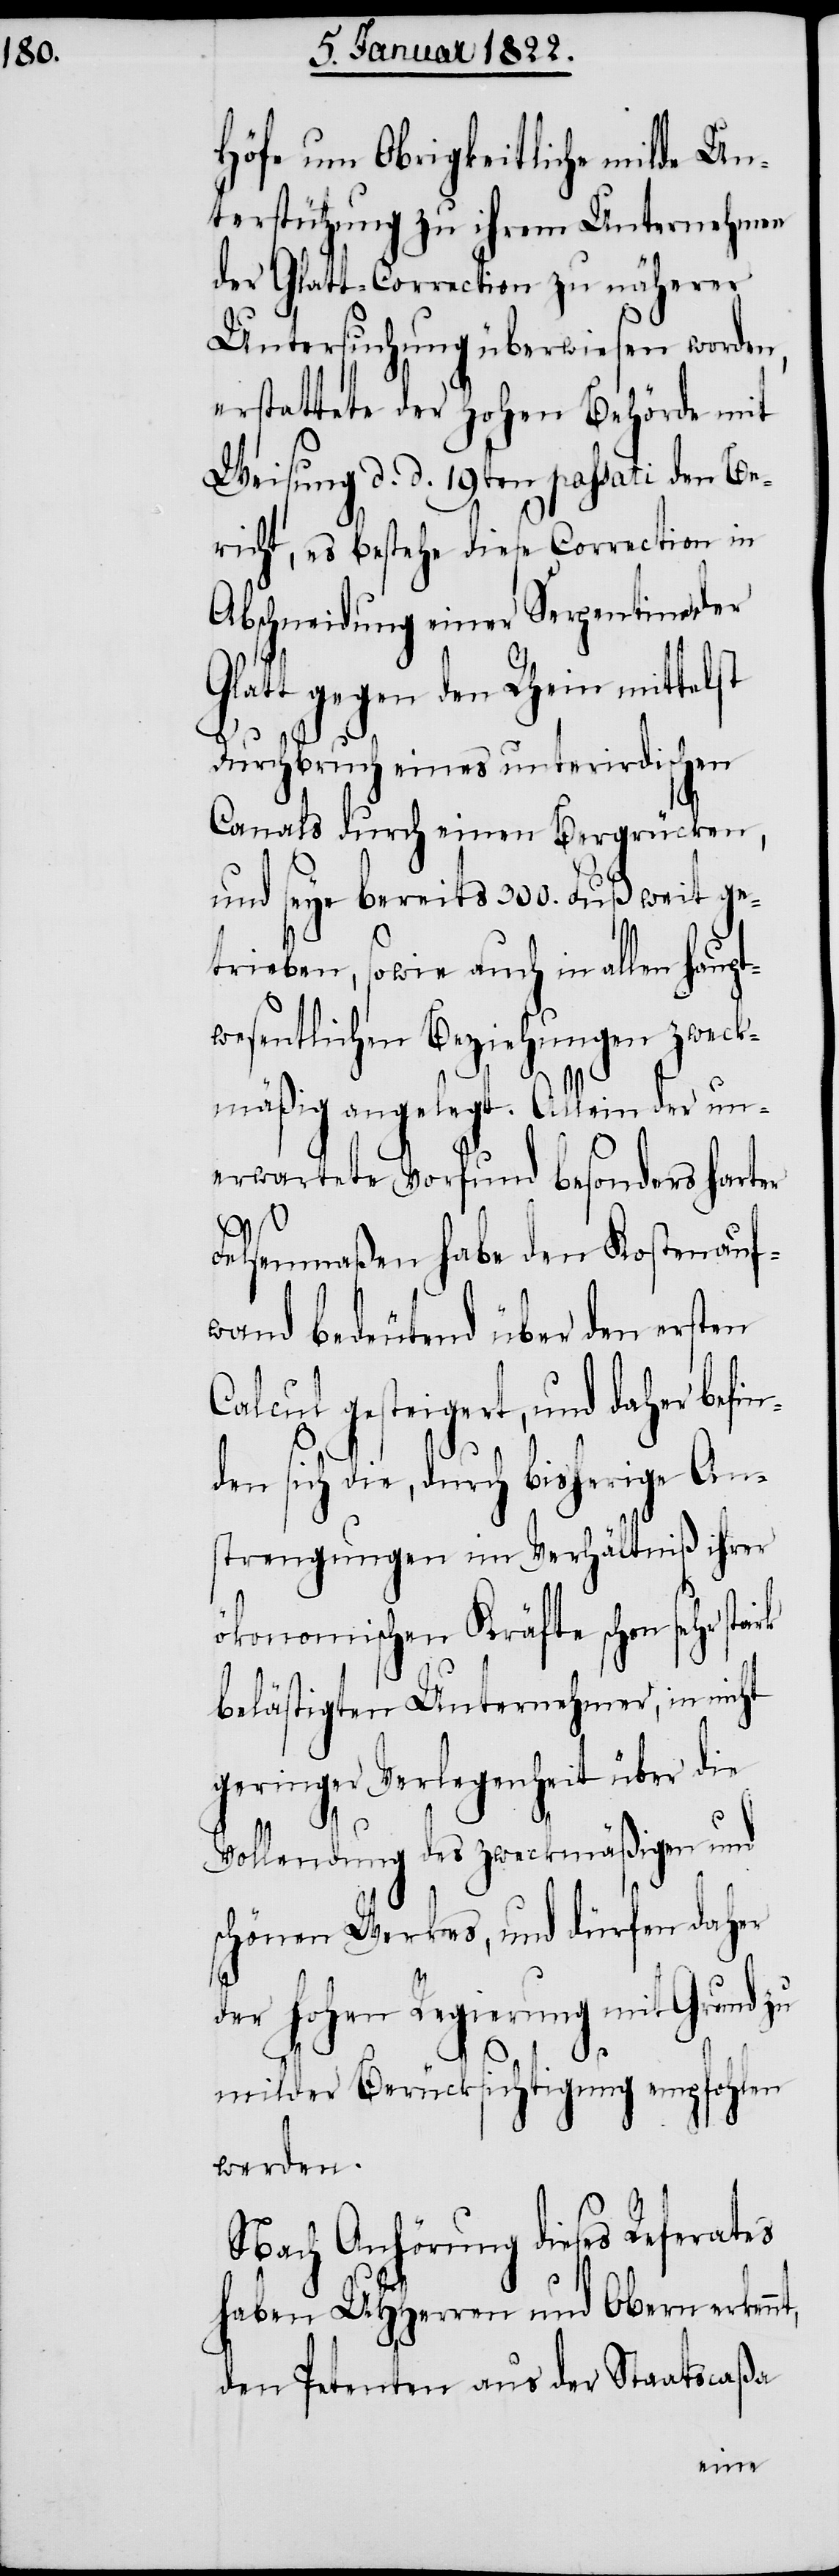
Höfe um Obrigkeitliche milde Un¬
terstützung zu ihrem Unternehmen
der Glatt-Correction zu näherer
Untersuchung überwiesen worden,
erstattete der Hohen Behörde mit
Weisung d. d. 19ten passati den Be¬
richt, es bestehe diese Correction in
Abschneidung einer Serpentine der
Glatt gegen den Rhein mittelst
t,
Durchbruch eines unterirdischen
Canals durch einen Bergrücken,
und seye bereits 300. Fuß weit ge¬
trieben, sowie auch in allen haupt¬
wesentlichen Beziehungen zweck¬
mäßig angelegt. Allein der un¬
erwartete Vorfund besonders harter
Felsenmaßen habe den Kostenauf¬
wand bedeutend über den ersten
Calcul gesteigert, und daher befi¬
nden sich die, durch bisherige An¬
strengungen im Verhältniß ihrer
ökonomischen Kräfte schon sehr st¬
belästigten Unternehmer, in nicht
geringer Verlegenheit über die
Vollendung des zweckmäßigen und
schönen Werkes, und dürfen daher
der Hohen Regierung mit Grund zu
milder Berücksichtigung empfohlen
werden.
Nach Anhörung dieses Referates
haben UHHerren und Obern erkenn¬
den Petenten aus der Staatscaßa